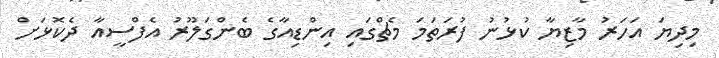
މިދިޔަ އަހަރު މާޒިޔާ ކުޅުނު ފުރަތަމަ މެޗްގައި އިންޑިއާގެ ބެންގަލޫރު އެފްސީއާ ދެކޮޅަށް